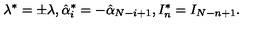
\lambda ^ { * } = \pm \lambda , \hat { \alpha } _ { i } ^ { * } = - \hat { \alpha } _ { N - i + 1 } , I _ { n } ^ { * } = I _ { N - n + 1 } .